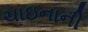
ચાઇનાની